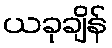
ယခုချိန်